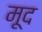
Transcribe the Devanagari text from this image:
मूद